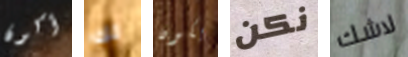
أكون لك يكون نكن لاشك